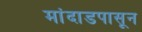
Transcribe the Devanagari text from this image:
मांदाडपासून